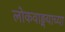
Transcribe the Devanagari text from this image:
लोकवाङ्मयाच्या